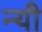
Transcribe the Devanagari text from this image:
न्यी